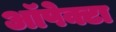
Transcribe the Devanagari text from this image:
ऑपेक्टा